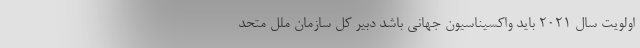
اولویت سال ۲۰۲۱ باید واکسیناسیون جهانی باشد دبیر کل سازمان ملل متحد